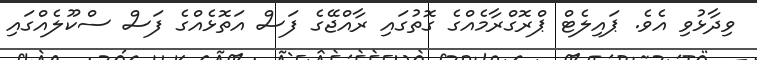
ވިދާޅުވި އެވެ. ޕައިލެޓް ޕްރޮގްރާމެއްގެ ގޮތުގައި ރާއްޖޭގެ ފަސް އަތޮޅެއްގެ ފަސް ސްކޫލެއްގައި